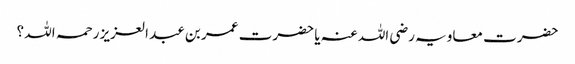
حضرت معاویہ رضی اللہ عنہ یا حضرت عمر بن عبد العزیز رحمہ اللہ ؟